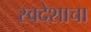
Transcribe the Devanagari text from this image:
स्वदेशाचा